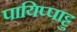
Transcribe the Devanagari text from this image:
पायिप्पाट्टु